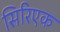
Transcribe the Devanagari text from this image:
सिरिएक